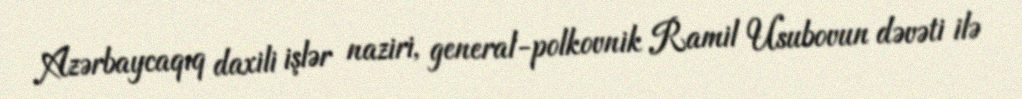
Azərbaycaqıq daxili işlər naziri, general-polkovnik Ramil Usubovun dəvəti ilə